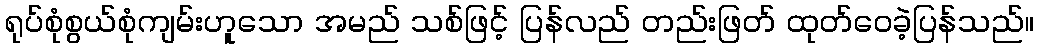
ရုပ်စုံစွယ်စုံကျမ်းဟူသော အမည် သစ်ဖြင့် ပြန်လည် တည်းဖြတ် ထုတ်ဝေခဲ့ပြန်သည်။